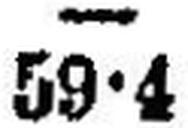
59•4